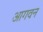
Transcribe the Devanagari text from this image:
आगवन